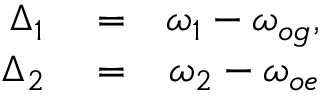
\begin{array} { r l r } { \Delta _ { 1 } } & { { } = } & { \omega _ { 1 } - \omega _ { o g } , } \\ { \Delta _ { 2 } } & { { } = } & { \omega _ { 2 } - \omega _ { o e } } \end{array}